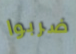
ضربوا